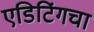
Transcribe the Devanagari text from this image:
एडिटिंगचा